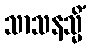
သာသနသ္မိံ